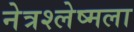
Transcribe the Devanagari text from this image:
नेत्रश्‍लेष्मला